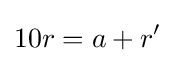
10r=a+r'